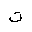
Letter: _ta